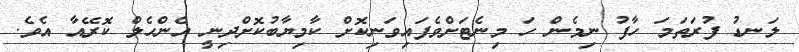
ލަނޑު ފުރަތަމަ ހާފު ނިމެން ހަ މިނެޓަށްވެފައިވަނިކޮށް ކާމިޔާބުކޮށްދިނީ އެންހެލް ކޮރޭއާ އެވެ.